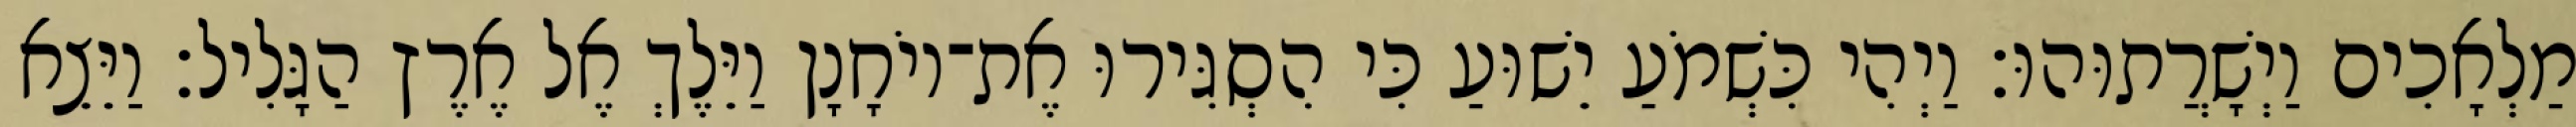
מַלְאָכִים וַיְשָׁרֲתוּהוּ׃ וַיְהִי כִּשְׁמֹעַ יֵשׁוּעַ כִּי הִסְגִּירוּ אֶת־יוֹחָנָן וַיֵּלֶךְ אֶל אֶרֶץ הַגָּלִיל׃ וַיֵּצֵא